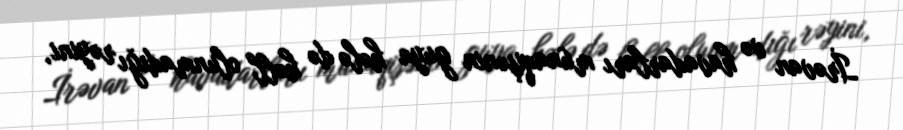
İrəvan və havadarları münaqişənin guya hələ də həll olunmadığı rəyini,